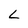
Character: L